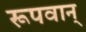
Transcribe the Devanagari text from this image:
रूपवान्